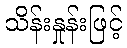
သိန်းနှုန်းဖြင့်